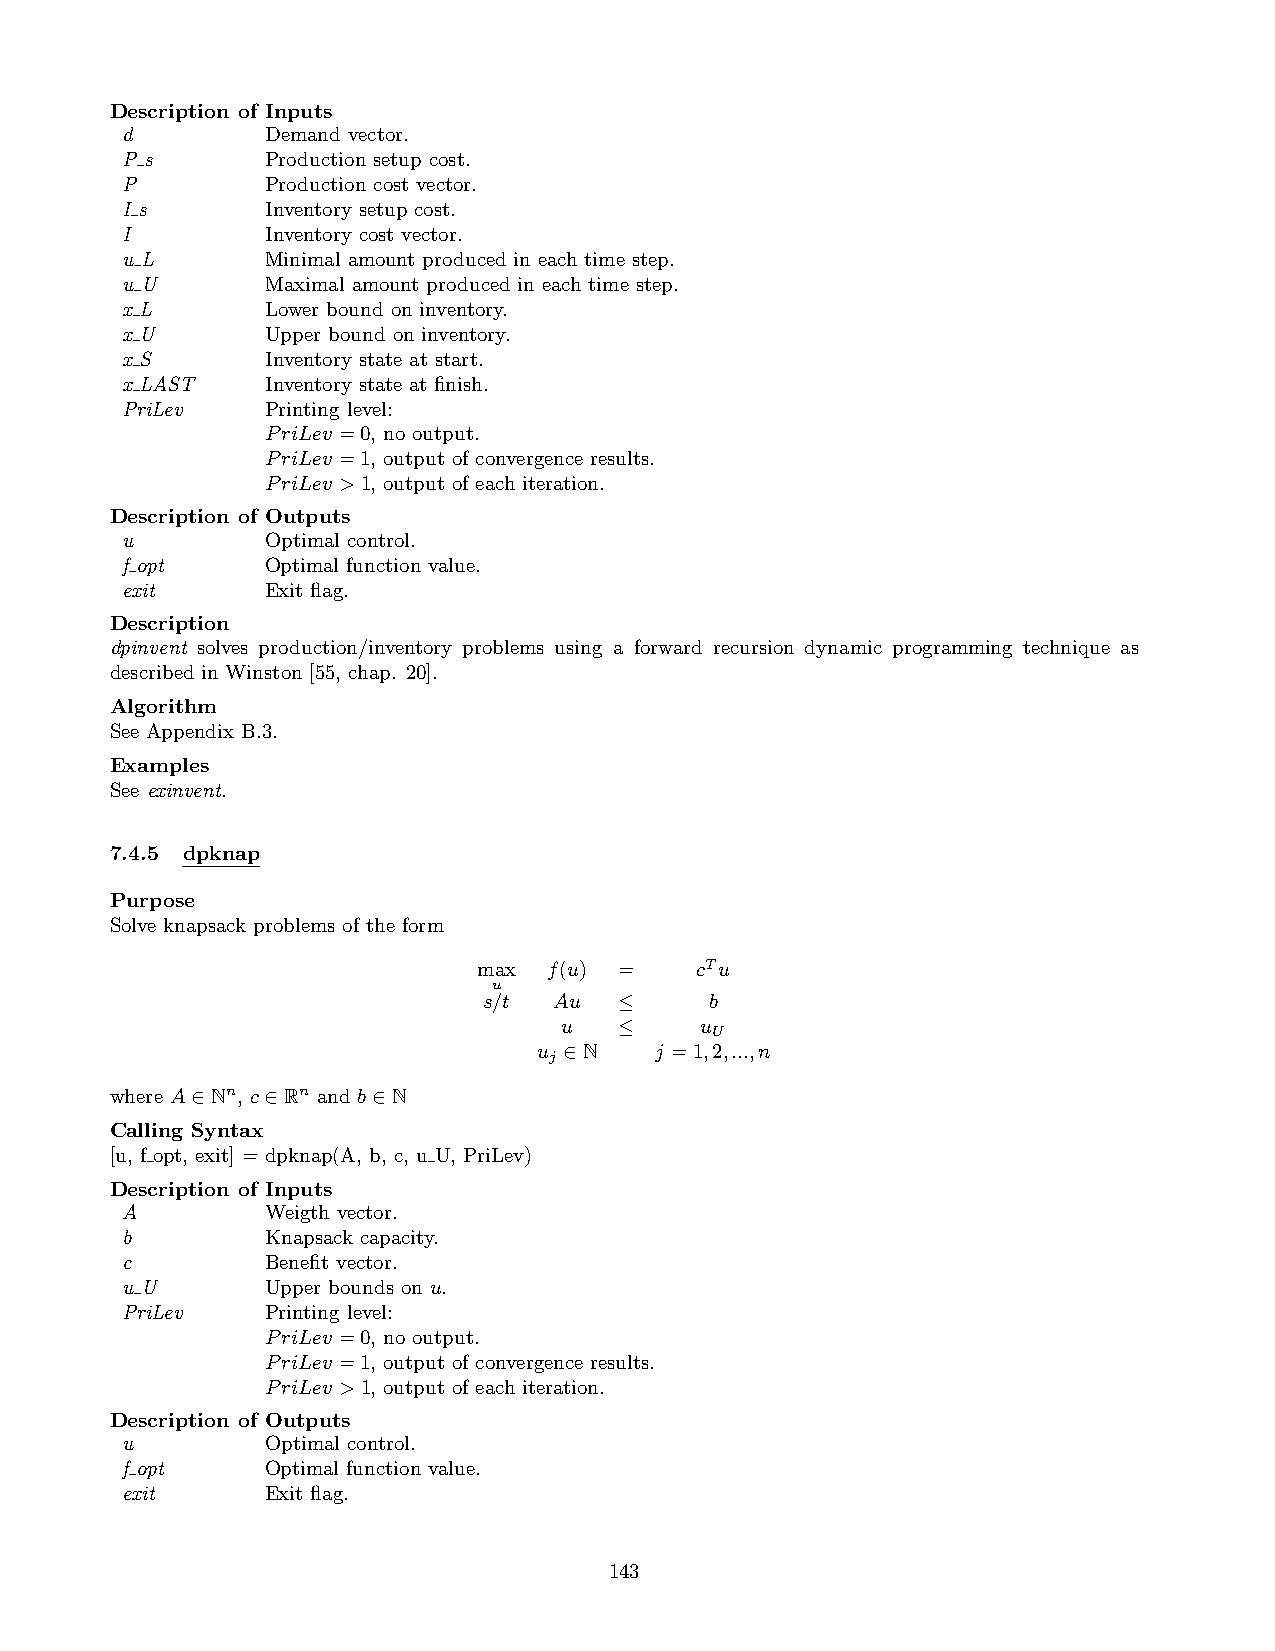
Description of Inputs
 d         Demand vector.
 P s       Production setup cost.
 P         Production cost vector.
 I s       Inventory setup cost.
 I         Inventory cost vector.
 u L       Minimal amount produced in each time step.
 u U       Maximal amount produced in each time step.
 x L       Lower bound on inventory.
 x U       Upper bound on inventory.
 x S       Inventory state at start.
 x LAST    Inventory state at finish.
 PriLev    Printing level:
 PriLev =0, no output.
 PriLev =1, output of convergence results.
 PriLev >1, output of each iteration.
 Description of Outputs
 u         Optimal control.
 f opt     Optimal function value.
 exit      Exit flag.
 Description
 dpinvent solves production/inventory problems using a forward recursion dynamic programming technique as
 described in Winston [55, chap. 20].
 Algorithm
 See Appendix B.3.
 Examples
 See exinvent.
 7.4.5 dpknap
 Purpose
 Solve knapsack problems of the form
 max f(u) =    cTu
 u
 s/t  Au  ≤     b
 u   ≤    u
 U
 u ∈N   j =1,2,...,n
 j
 where A∈Nn, c∈Rn and b∈N
 Calling Syntax
 [u, f opt, exit] = dpknap(A, b, c, u U, PriLev)
 Description of Inputs
 A         Weigth vector.
 b         Knapsack capacity.
 c         Benefit vector.
 u U       Upper bounds on u.
 PriLev    Printing level:
 PriLev =0, no output.
 PriLev =1, output of convergence results.
 PriLev >1, output of each iteration.
 Description of Outputs
 u         Optimal control.
 f opt     Optimal function value.
 exit      Exit flag.
 143